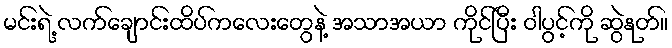
မင်းရဲ့ လက်ချောင်းထိပ်ကလေးတွေနဲ့ အသာအယာ ကိုင်ပြီး ဝါပွင့်ကို ဆွဲနုတ်။